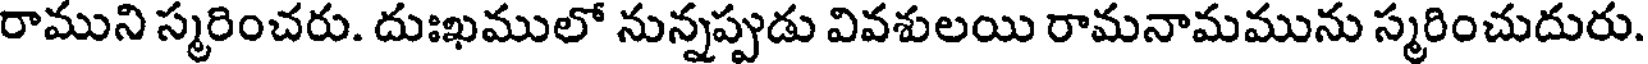
రాముని స్మరించరు. దుఃఖములో నున్నప్పుడు వివశులయి రామనామమును స్మరించుదురు.